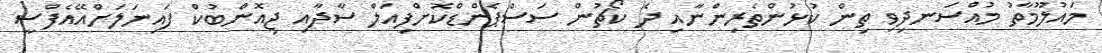
މައުލޫމާތު މުއްސަނދިވި ތިން ކުޅުންތެރިންނާއި ދެ ކޯޗުން ސަސްޕެންޑްކޮށްފިއަލް ސާދާއި ޖިއޮންބުކް ފައިނަލަށްއޭއެފްސީ